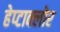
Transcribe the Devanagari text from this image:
हेप्‍टाक्‍लोर